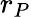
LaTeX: r_{P}